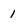
Character: 1